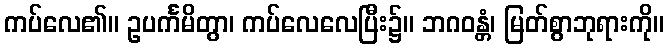
ကပ်လေ၏။ ဥပင်္ကမိတွာ၊ ကပ်လေလေပြီး၌။ ဘဂဝန္တံ၊ မြတ်စွာဘုရားကို။